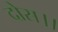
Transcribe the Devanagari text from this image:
दोस।।